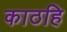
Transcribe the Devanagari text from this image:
काठहि